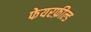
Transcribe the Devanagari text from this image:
फेयरफ़ील्ड